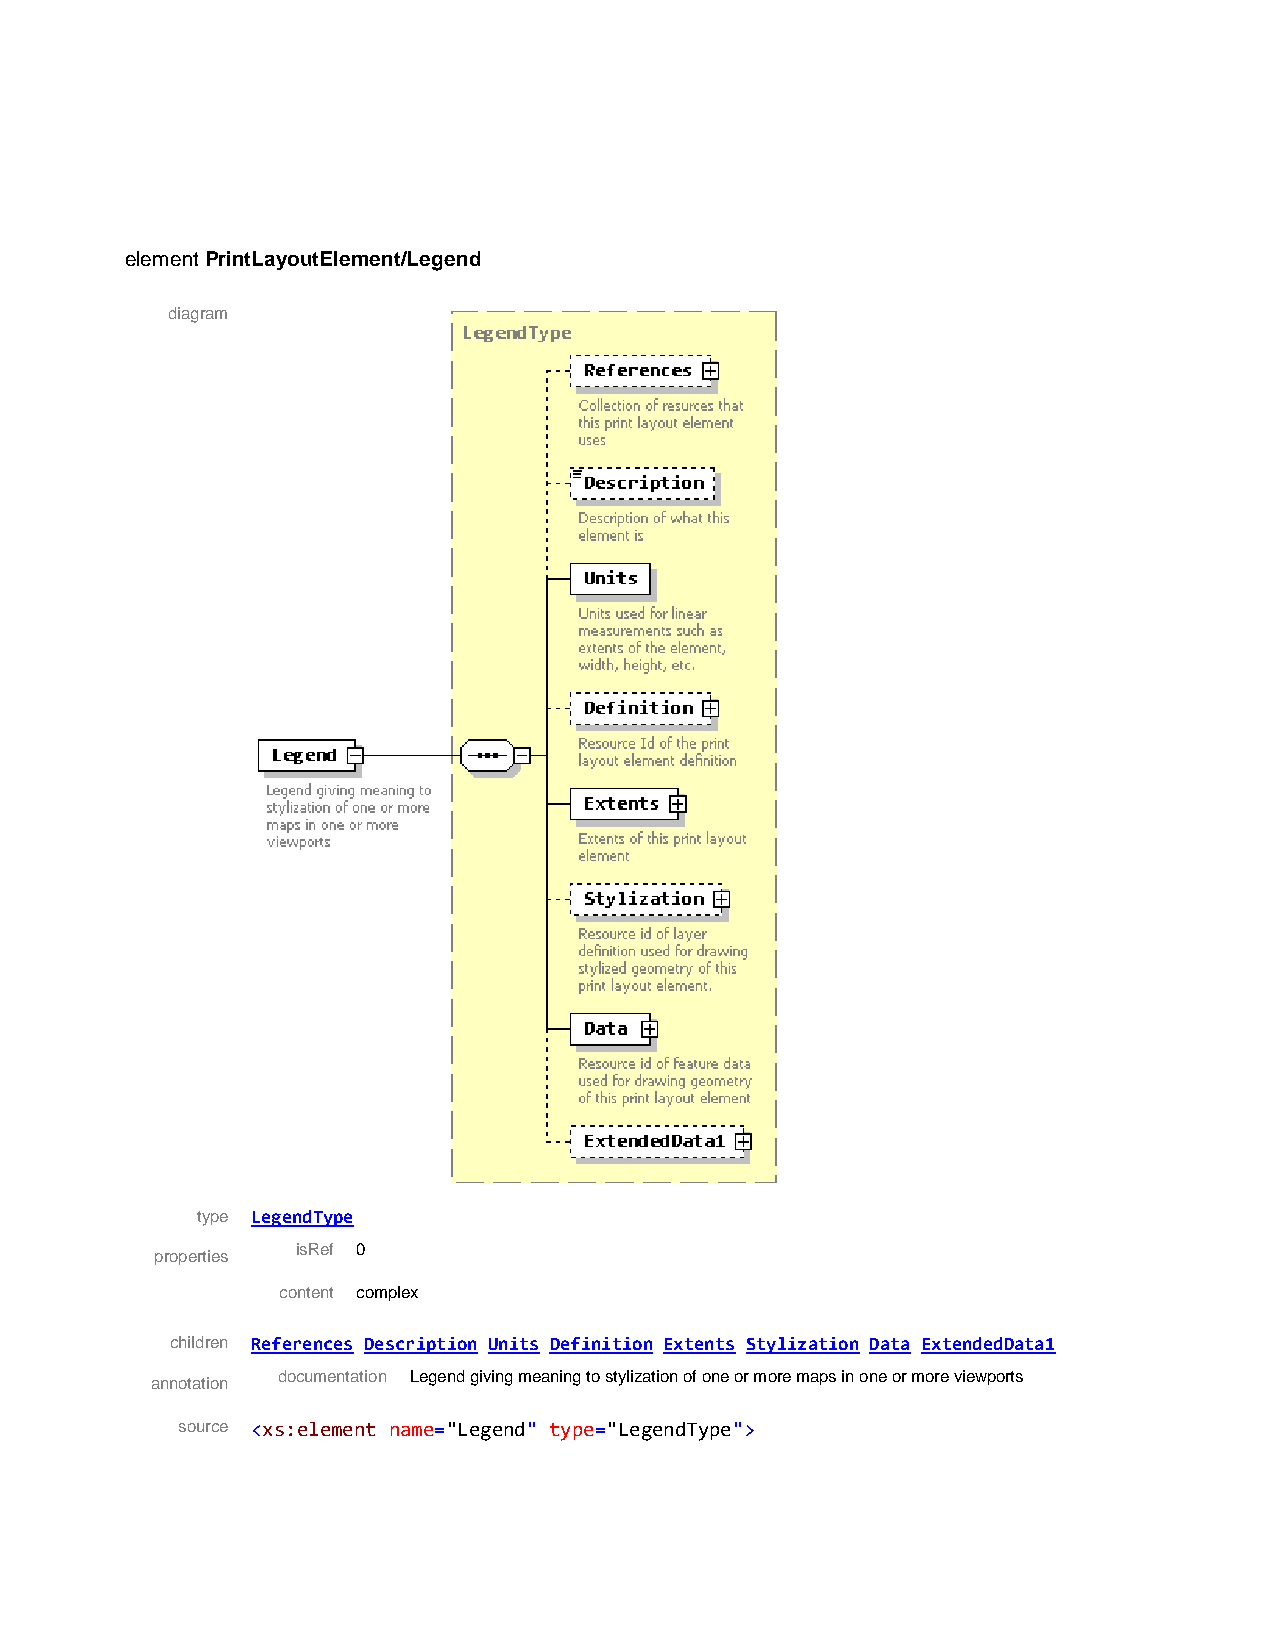
element PrintLayoutElement/Legend
 diagram
 type LegendType
 isRef 0
 properties
 content complex
 children References Description Units Definition Extents Stylization Data ExtendedData1
 documentation Legend giving meaning to stylization of one or more maps in one or more viewports
 annotation
 source <xs:element name="Legend" type="LegendType">